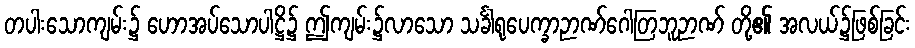
တပါးသောကျမ်း၌ ဟောအပ်သောပါဋ္ဌိ၌ ဤကျမ်း၌လာသော သင်္ခါရုပေက္ခာဉာဏ်ဂေါတြဘူဉာဏ် တို့၏ အလယ်၌ဖြစ်ခြင်း